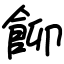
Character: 飹